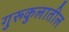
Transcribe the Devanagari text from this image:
गुरूकुलातील